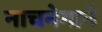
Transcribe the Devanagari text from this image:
नाचनेगाने